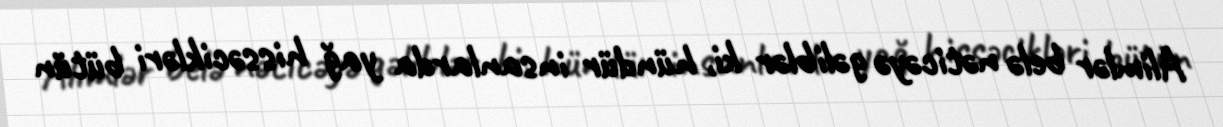
Alimlər belə nəticəyə gəliblər ki, hündür insanlarda yağ hissəcikləri bütün